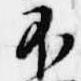
不